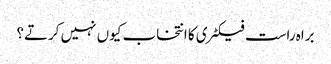
براہ راست فیکٹری کا انتخاب کیوں نہیں کرتے؟